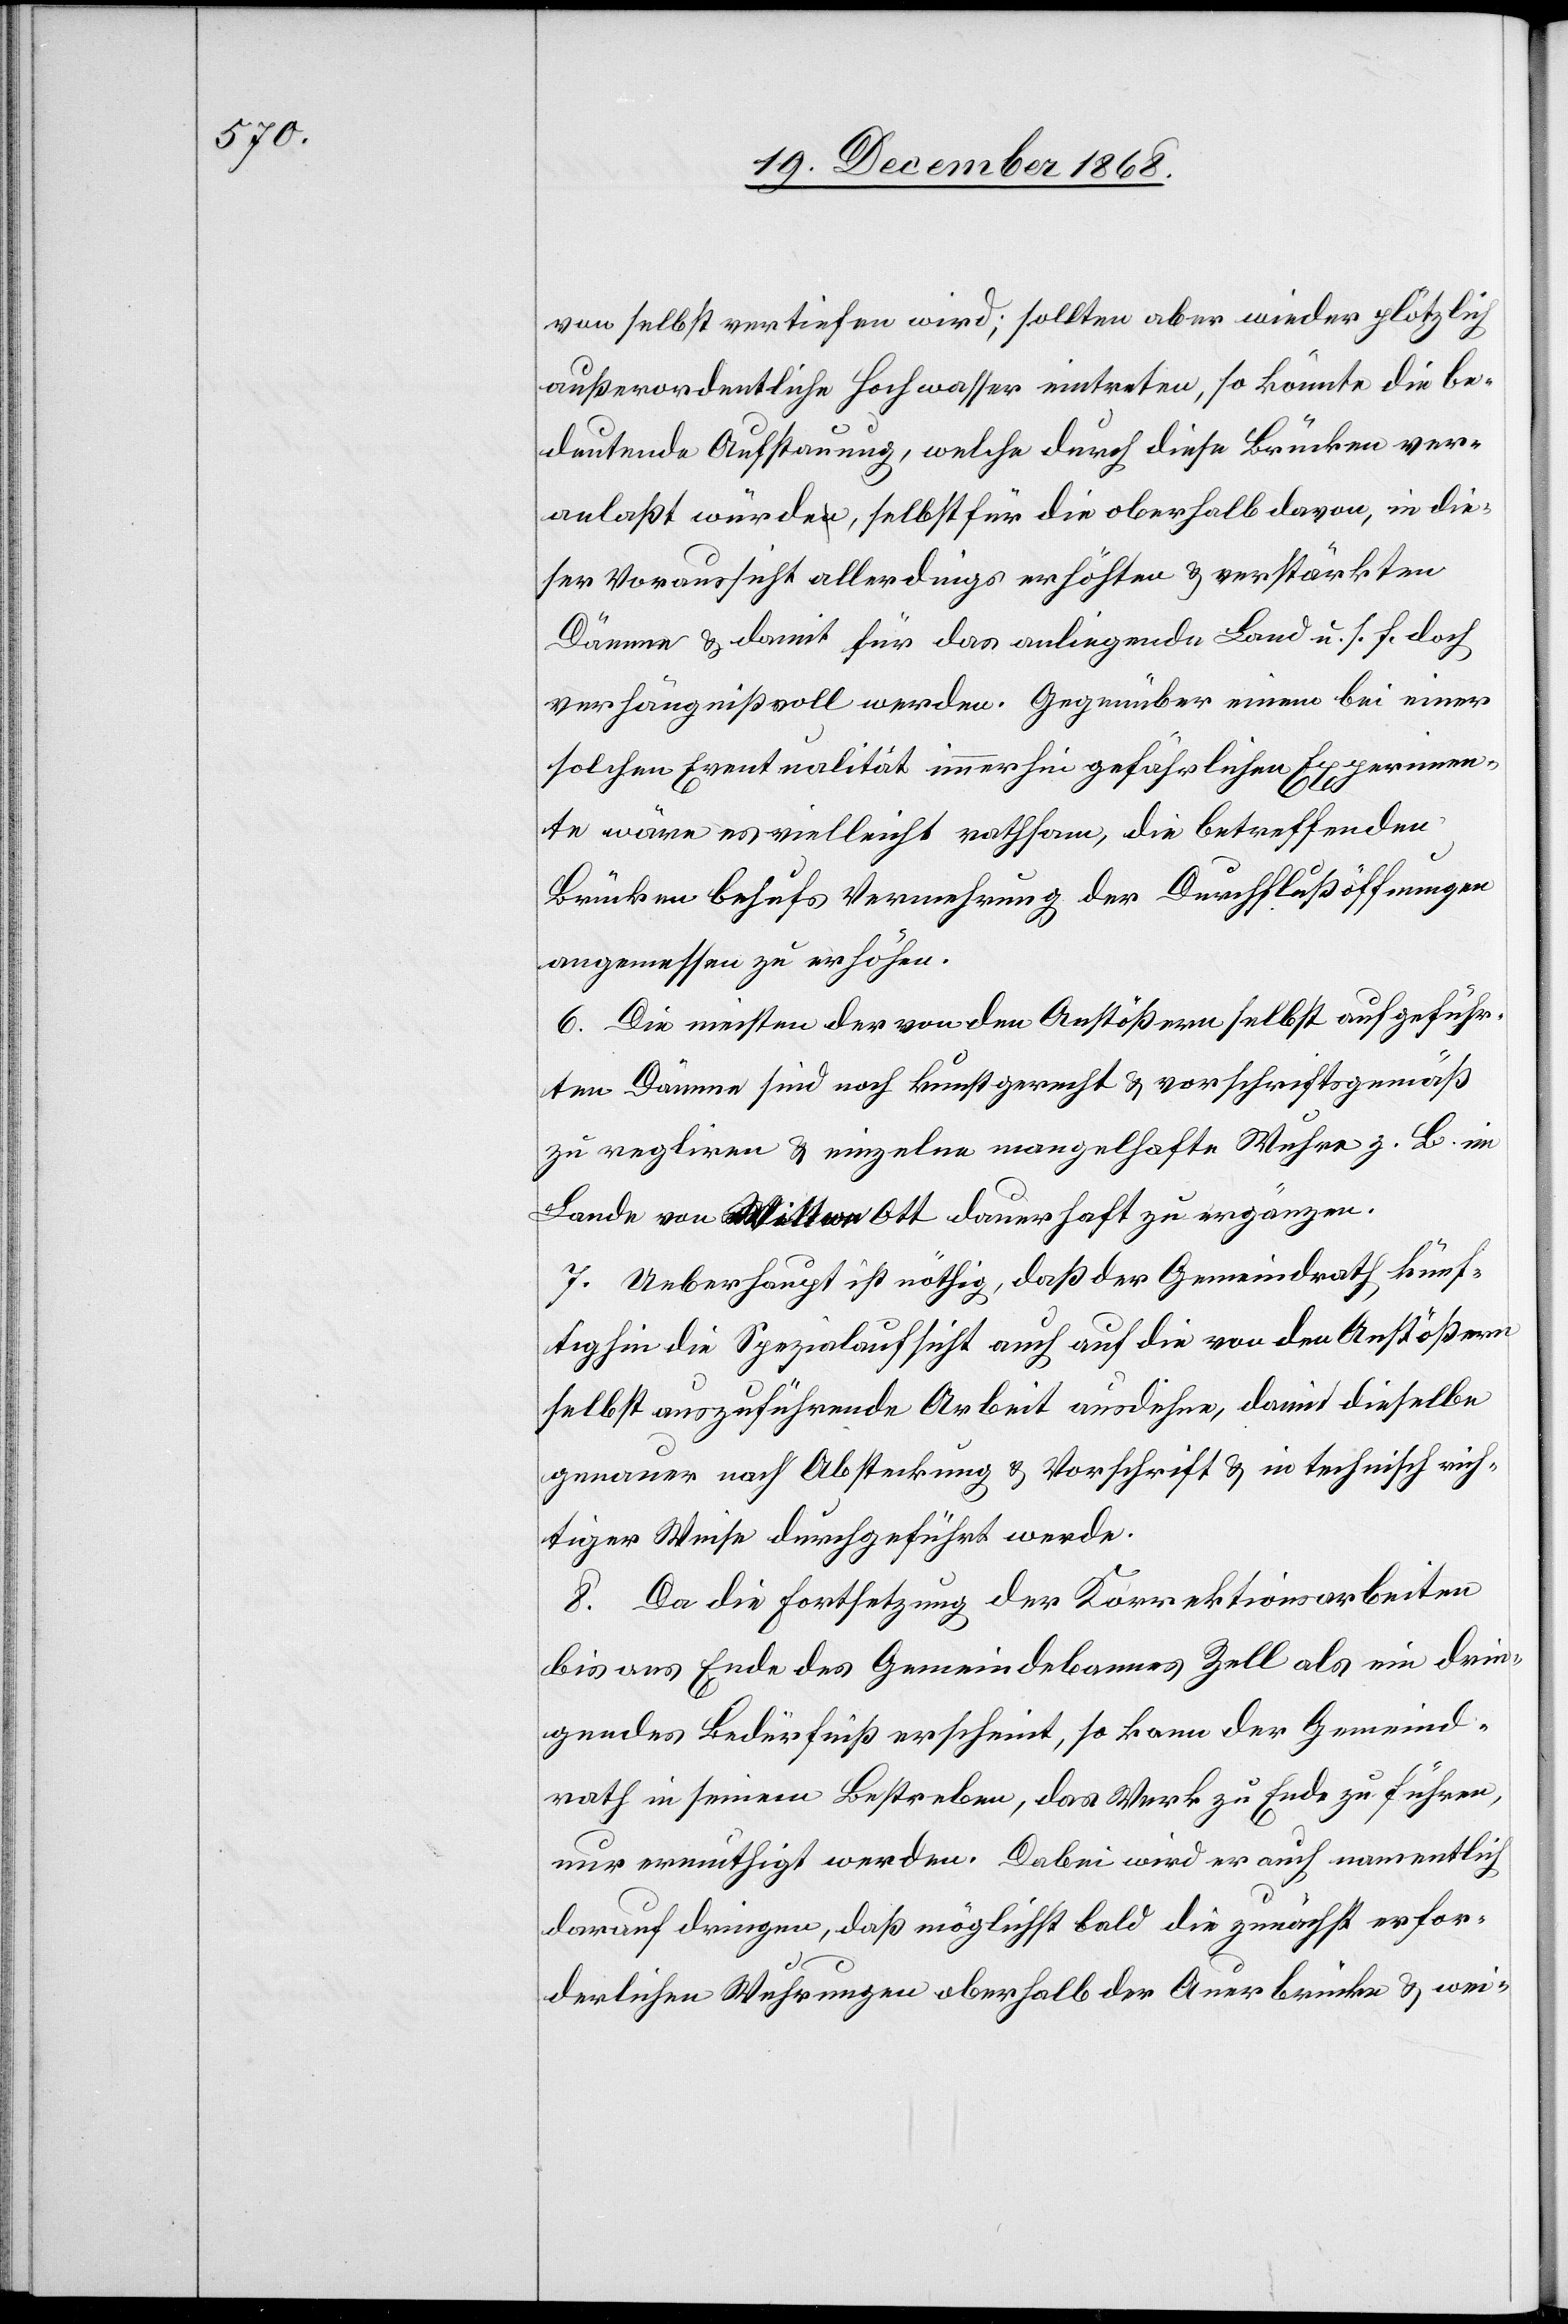
von selbst vertiefen wird; sollten aber wieder plötzlich
außerordentliche Hochwasser eintreten, so könnte die be¬
deutende Aufstauung, welche durch diese Brücken ver¬
anlaßt würde, selbst für die oberhalb davon, in die¬
ser Voraussicht allerdings erhöhten & verstärkten
Dämme & damit für das anliegende Land u. s. f. doch
verhängnißvoll werden. Gegenüber einem bei einer
solchen Eventualität immerhin gefährlichen Experimen¬
te wäre es vielleicht rathsam, die betreffenden
Brücken behufs Vermehrung der Durchflußöffnungen
angemessen zu erhöhen.
6. Die meisten der von den Anstößern selbst aufgeführ¬
ten Dämme sind noch kunstgerecht & vorschriftsgemäß
zu regliren & einzelne mangelhafte Wuhre z. B. im
Lande von Wittwe Ott dauerhaft zu ergänzen.
7. Ueberhaupt ist nöthig, daß der Gemeindrath künf¬
tighin die Spezialaufsicht auch auf die von den Anstößern
selbst auszuführende Arbeit ausdehne, damit dieselbe
genauer nach Absteckung & Vorschrift & in technisch rich¬
tiger Weise durchgeführt werde.
8. Da die Fortsetzung der Korrektionsarbeiten
bis ans Ende des Gemeindebannes Zell als ein drin¬
gendes Bedürfniß erscheint, so kann der Gemeind¬
rath in seinem Bestreben, das Werk zu Ende zu führen,
nur ermuthigt werden. Dabei wird er auch namentlich
darauf dringen, daß möglichst bald die zunächst erfor¬
derlichen Wuhrungen oberhalb der Auerbrücke & wei-